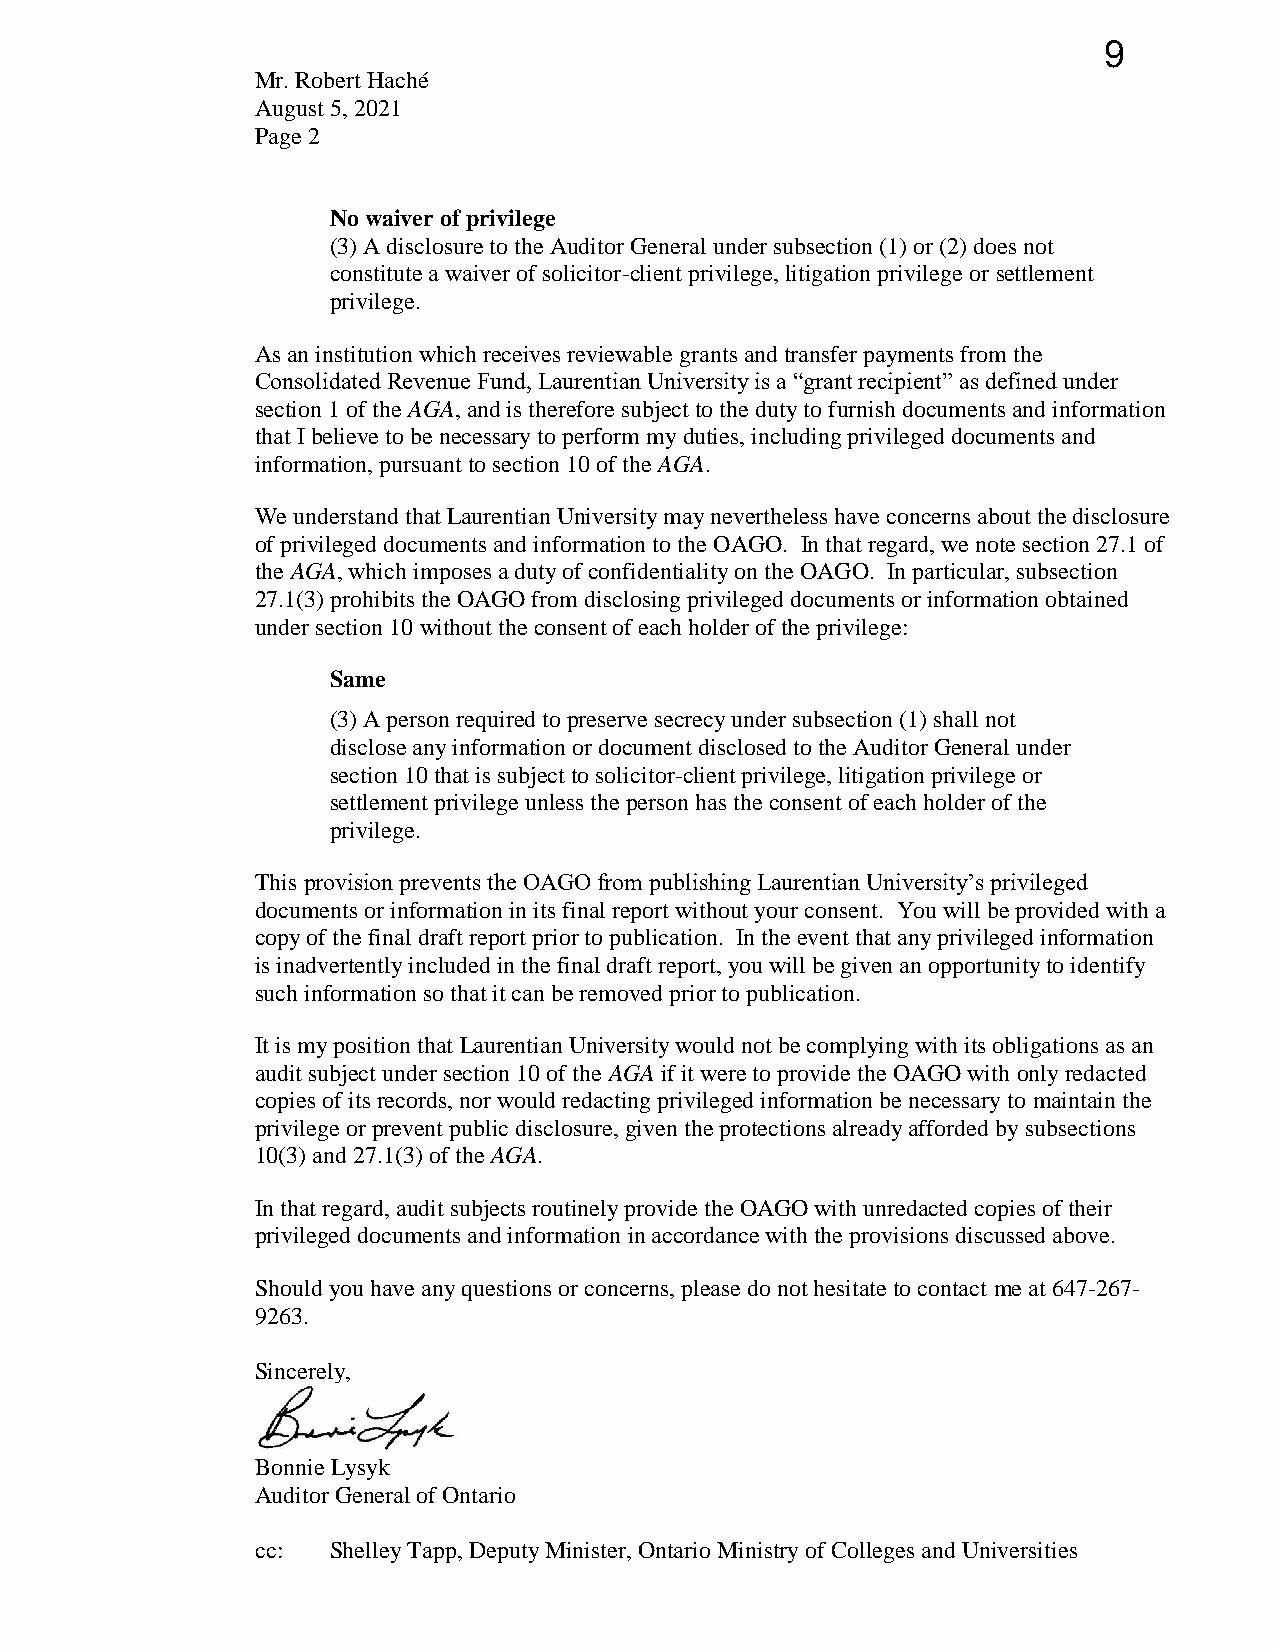
9
 Mr. Robert Haché
 August 5, 2021
 Page 2
 No waiver of privilege
 (3) A disclosure to the Auditor General under subsection (1) or (2) does not
 constitute a waiver of solicitor-client privilege, litigation privilege or settlement
 privilege.
 As an institution which receives reviewable grants and transfer payments from the
 Consolidated Revenue Fund, Laurentian University is a “grant recipient” as defined under
 section 1 of the AGA, and is therefore subject to the duty to furnish documents and information
 that I believe to be necessary to perform my duties, including privileged documents and
 information, pursuant to section 10 of the AGA.
 We understand that Laurentian University may nevertheless have concerns about the disclosure
 of privileged documents and information to the OAGO. In that regard, we note section 27.1 of
 the AGA, which imposes a duty of confidentiality on the OAGO. In particular, subsection
 27.1(3) prohibits the OAGO from disclosing privileged documents or information obtained
 under section 10 without the consent of each holder of the privilege:
 Same
 (3) A person required to preserve secrecy under subsection (1) shall not
 disclose any information or document disclosed to the Auditor General under
 section 10 that is subject to solicitor-client privilege, litigation privilege or
 settlement privilege unless the person has the consent of each holder of the
 privilege.
 This provision prevents the OAGO from publishing Laurentian University’s privileged
 documents or information in its final report without your consent. You will be provided with a
 copy of the final draft report prior to publication. In the event that any privileged information
 is inadvertently included in the final draft report, you will be given an opportunity to identify
 such information so that it can be removed prior to publication.
 It is my position that Laurentian University would not be complying with its obligations as an
 audit subject under section 10 of the AGA if it were to provide the OAGO with only redacted
 copies of its records, nor would redacting privileged information be necessary to maintain the
 privilege or prevent public disclosure, given the protections already afforded by subsections
 10(3) and 27.1(3) of the AGA.
 In that regard, audit subjects routinely provide the OAGO with unredacted copies of their
 privileged documents and information in accordance with the provisions discussed above.
 Should you have any questions or concerns, please do not hesitate to contact me at 647-267-
 9263.
 Sincerely,
 Bonnie Lysyk
 Auditor General of Ontario
 cc:  Shelley Tapp, Deputy Minister, Ontario Ministry of Colleges and Universities